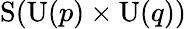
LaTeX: \mathrm{S}(\mathrm{U}(p)\times\mathrm{U}(q))